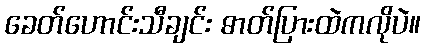
ခေတ်ဟောင်းသီချင်း ဓာတ်ပြားထဲကလိုပဲ။